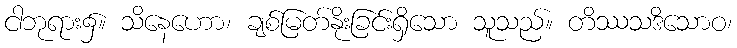
ငါဘုရား၌။ သိနေဟော၊ ချစ်မြတ်နိုးခြင်းရှိသော သူသည်။ တိဿသဒိသောဝ၊